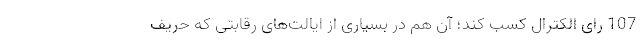
107 رای الکترال کسب کند؛ آن هم در بسیاری از ایالت‌های رقابتی که حریف